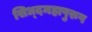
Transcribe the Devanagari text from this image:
सिध्दमहापुरुष